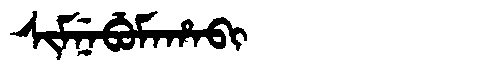
Manchu: ᠰᡳᠮᠨᡝᠪᡠᠮᠠᡥᠠᠪᡳ
Romanization: SIMNEBUMAHABI